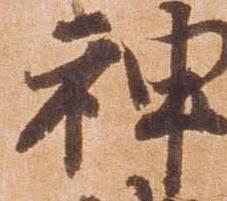
神